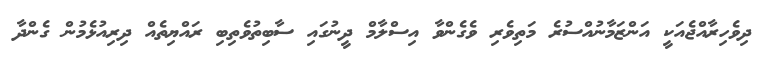
ދިވެހިރާއްޖެއަކީ އަންޒަމާނުއްސުރެ މަތިވެރި ވެގެންވާ އިސްލާމް ދީނުގައި ސާބިތުވެތިބި ރައްޔިތެއް ދިރިއުޅެމުން ގެންދާ